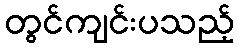
တွင်ကျင်းပသည့်